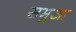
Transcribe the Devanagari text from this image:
समुआ